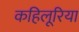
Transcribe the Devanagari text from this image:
कहिलूरिया